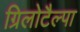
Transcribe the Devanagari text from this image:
ग्रिलोटैल्पा